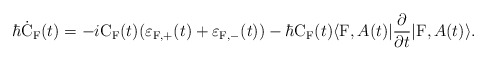
\begin{align*}\hbar \dot{\rm C}_{\rm F}(t) = -i {\rm C}_{\rm F}(t)(\varepsilon_{{\rm F},+}(t) + \varepsilon_{{\rm F},-}(t)) - \hbar {\rm C}_{\rm F}(t)\langle {\rm F},A(t)|\frac{\partial}{\partial t}|{\rm F},A(t) \rangle.\end{align*}